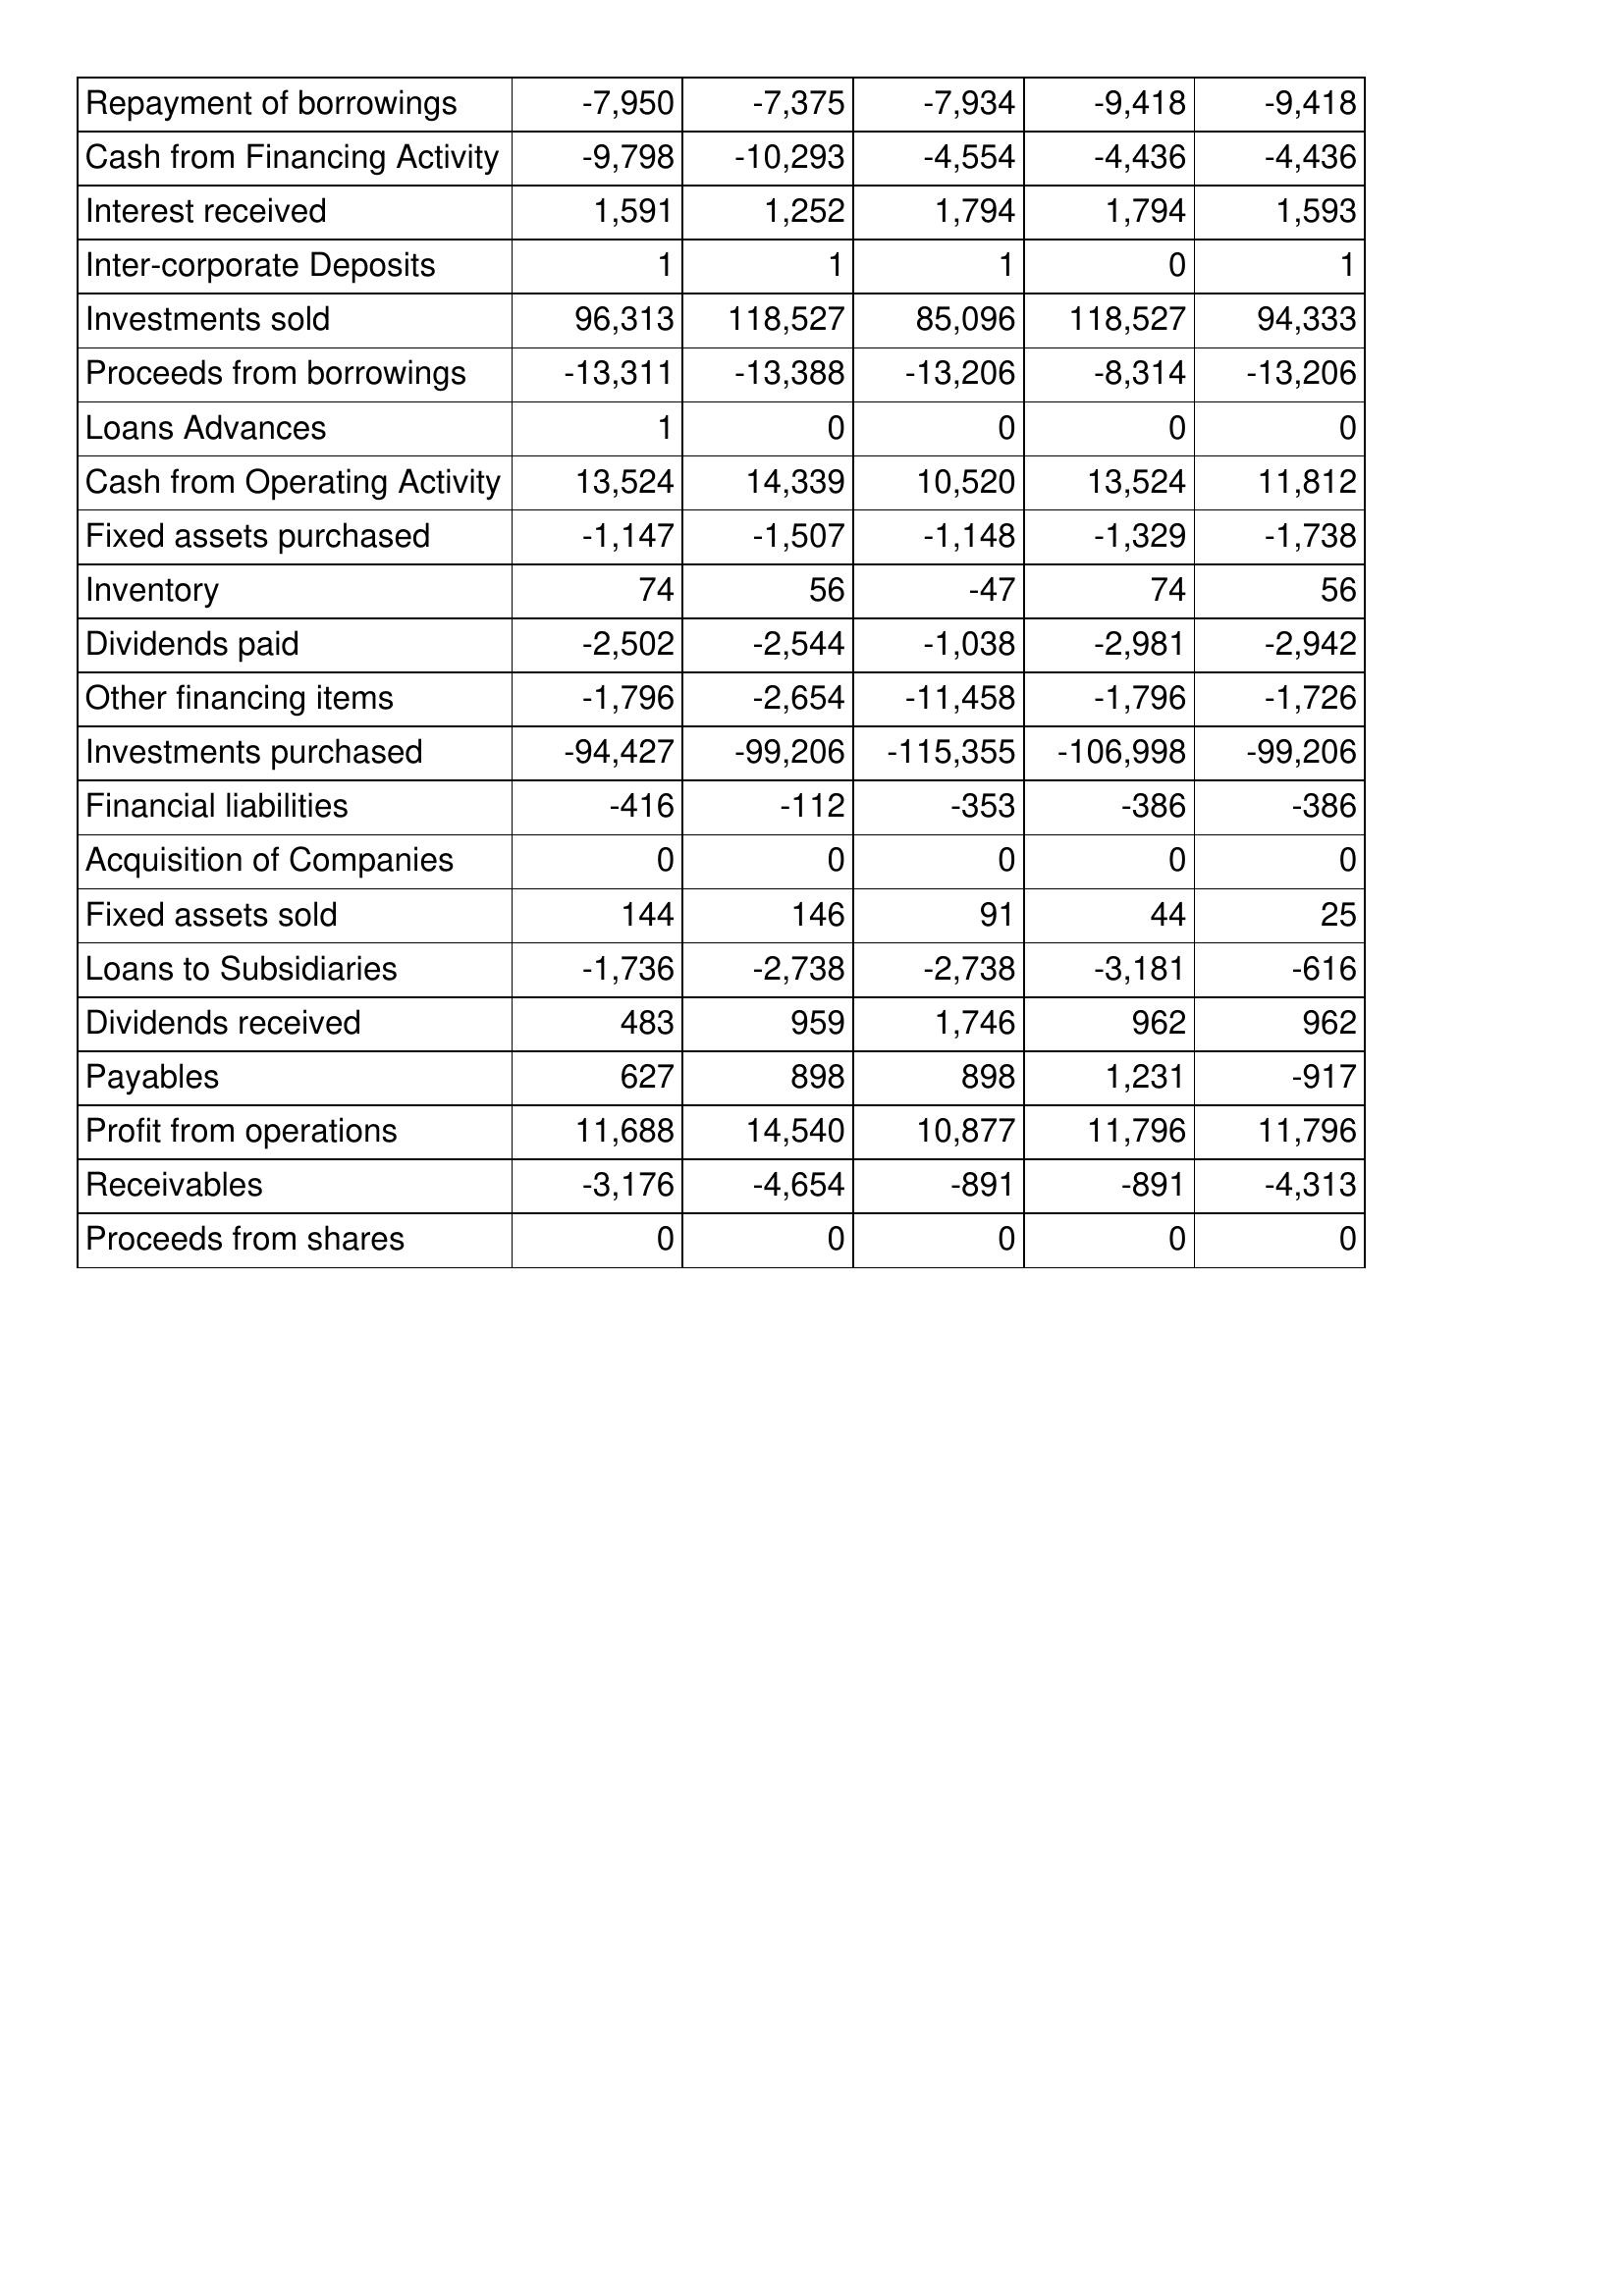
Jan-12: Cash Flows: Repayment of borrowings: -7,950
Cash from Financing Activity: -9,798
Interest received: 1,591
Inter-corporate Deposits: 1
Investments sold: 96,313
Proceeds from borrowings: -13,311
Loans Advances: 1
Cash from Operating Activity: 13,524
Fixed assets purchased: -1,147
Inventory: 74
Dividends paid: -2,502
Other financing items: -1,796
Investments purchased: -94,427
Financial liabilities: -416
Acquisition of Companies: 0
Fixed assets sold: 144
Loans to Subsidiaries: -1,736
Dividends received: 483
Payables: 627
Profit from operations: 11,688
Receivables: -3,176
Proceeds from shares: 0
Jan-13: Cash Flows: Repayment of borrowings: -7,375
Cash from Financing Activity: -10,293
Interest received: 1,252
Inter-corporate Deposits: 1
Investments sold: 118,527
Proceeds from borrowings: -13,388
Loans Advances: 0
Cash from Operating Activity: 14,339
Fixed assets purchased: -1,507
Inventory: 56
Dividends paid: -2,544
Other financing items: -2,654
Investments purchased: -99,206
Financial liabilities: -112
Acquisition of Companies: 0
Fixed assets sold: 146
Loans to Subsidiaries: -2,738
Dividends received: 959
Payables: 898
Profit from operations: 14,540
Receivables: -4,654
Proceeds from shares: 0
Jan-14: Cash Flows: Repayment of borrowings: -7,934
Cash from Financing Activity: -4,554
Interest received: 1,794
Inter-corporate Deposits: 1
Investments sold: 85,096
Proceeds from borrowings: -13,206
Loans Advances: 0
Cash from Operating Activity: 10,520
Fixed assets purchased: -1,148
Inventory: -47
Dividends paid: -1,038
Other financing items: -11,458
Investments purchased: -115,355
Financial liabilities: -353
Acquisition of Companies: 0
Fixed assets sold: 91
Loans to Subsidiaries: -2,738
Dividends received: 1,746
Payables: 898
Profit from operations: 10,877
Receivables: -891
Proceeds from shares: 0
Jan-15: Cash Flows: Repayment of borrowings: -9,418
Cash from Financing Activity: -4,436
Interest received: 1,794
Inter-corporate Deposits: 0
Investments sold: 118,527
Proceeds from borrowings: -8,314
Loans Advances: 0
Cash from Operating Activity: 13,524
Fixed assets purchased: -1,329
Inventory: 74
Dividends paid: -2,981
Other financing items: -1,796
Investments purchased: -106,998
Financial liabilities: -386
Acquisition of Companies: 0
Fixed assets sold: 44
Loans to Subsidiaries: -3,181
Dividends received: 962
Payables: 1,231
Profit from operations: 11,796
Receivables: -891
Proceeds from shares: 0
Jan-16: Cash Flows: Repayment of borrowings: -9,418
Cash from Financing Activity: -4,436
Interest received: 1,593
Inter-corporate Deposits: 1
Investments sold: 94,333
Proceeds from borrowings: -13,206
Loans Advances: 0
Cash from Operating Activity: 11,812
Fixed assets purchased: -1,738
Inventory: 56
Dividends paid: -2,942
Other financing items: -1,726
Investments purchased: -99,206
Financial liabilities: -386
Acquisition of Companies: 0
Fixed assets sold: 25
Loans to Subsidiaries: -616
Dividends received: 962
Payables: -917
Profit from operations: 11,796
Receivables: -4,313
Proceeds from shares: 0